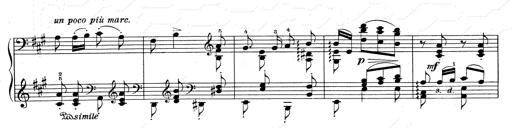
Title: RÃ©miniscences de Don Juan
Composer: Franz Liszt